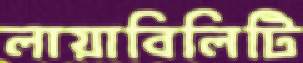
লায়াবিলিটি